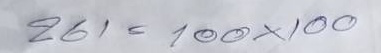
261 = 100x100